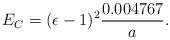
LaTeX: \begin{align*}E_C=(\epsilon-1)^2{0.004767\over a}.\end{align*}